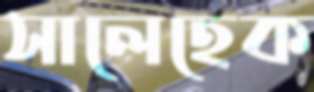
সালেহেক